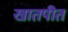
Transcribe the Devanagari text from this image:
खातपीत